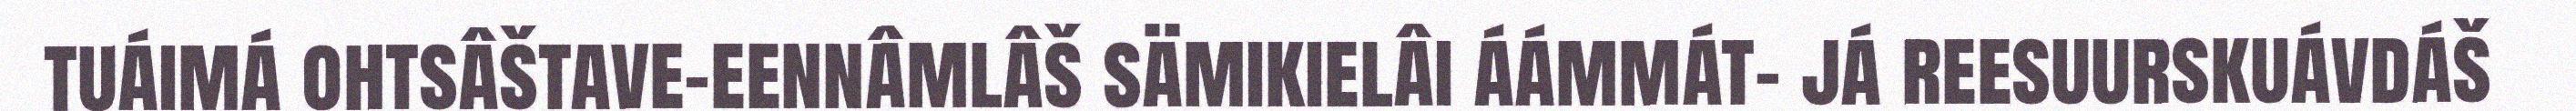
tuáimá ohtsâštave-eennâmlâš sämikielâi áámmát- já reesuurskuávdáš